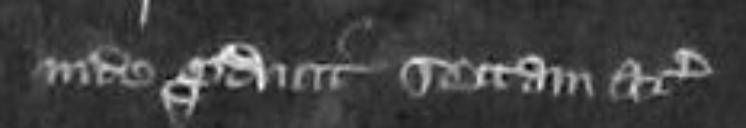
inde producit sectam etc